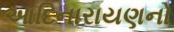
આદિનારાયણનો